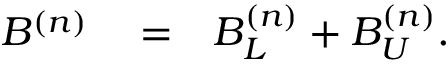
\begin{array} { r l r } { B ^ { ( n ) } } & { { } = } & { B _ { L } ^ { ( n ) } + B _ { U } ^ { ( n ) } . } \end{array}